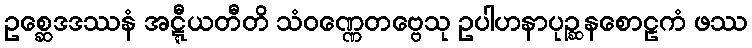
ဥစ္ဆေဒဒဿနံ အဋ္ဋီယတီတိ သံဝဏ္ဏေတဗ္ဗေသု ဥပါဟနာပုဉ္ဆနစောဠကံ ဖဿ